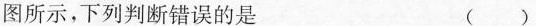
图所示，下列判断错误的是 ( )